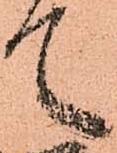
て